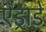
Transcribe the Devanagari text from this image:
ऐंड्राडे